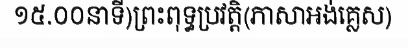
១៥.០០នាទី)ព្រះពុទ្ធប្រវត្តិ(ភាសាអង់គ្លេស)